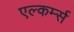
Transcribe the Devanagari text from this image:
एल्कर्म्स